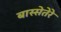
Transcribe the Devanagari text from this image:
बास्सेतेरे